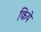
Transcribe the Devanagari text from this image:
किये